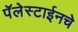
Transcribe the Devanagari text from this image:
पॅलेस्टाईनचे